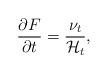
LaTeX: \begin{align*}\frac{\partial F}{\partial t} = \frac{\nu_t}{\mathcal{H}_t},\end{align*}